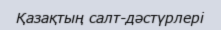
Қазақтың салт-дәстүрлері